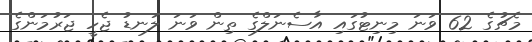
މެޗުގެ 62 ވަނަ މިނިޓުގައި އާސެނަލްގެ ތިން ވަނަ ލަނޑު ޖެހީ ޖަރުމަންގެ